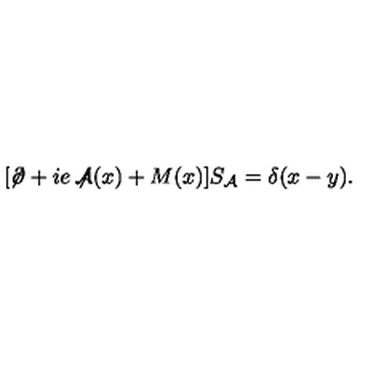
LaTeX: [ \not \! \partial + i e \not \! \! { \mathcal A } ( x ) + M ( x ) ] S _ { { \mathcal A } } = \delta ( x - y ) .